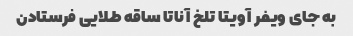
به جای ویفر آویتا تلخ آناتا ساقه طلایی فرستادن